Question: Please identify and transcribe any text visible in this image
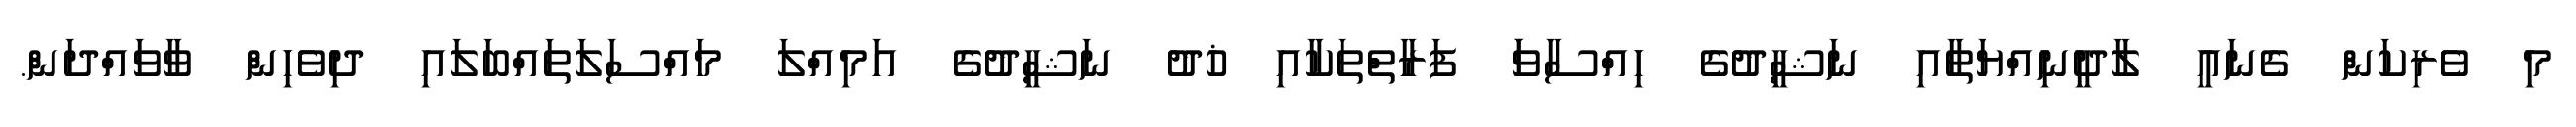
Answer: މި ވެރިކަން ގެނައީ ލާދީނިއްޔަތާއި ނަޝީދުގެ ހިއްސާވަަ ފަރާތްތަކާއި ޚުދު ނަޝީދުގެ އަމިއްލަ މައްސަލަތައްބަލައި ދިވެހިން ވާވައްދަން.